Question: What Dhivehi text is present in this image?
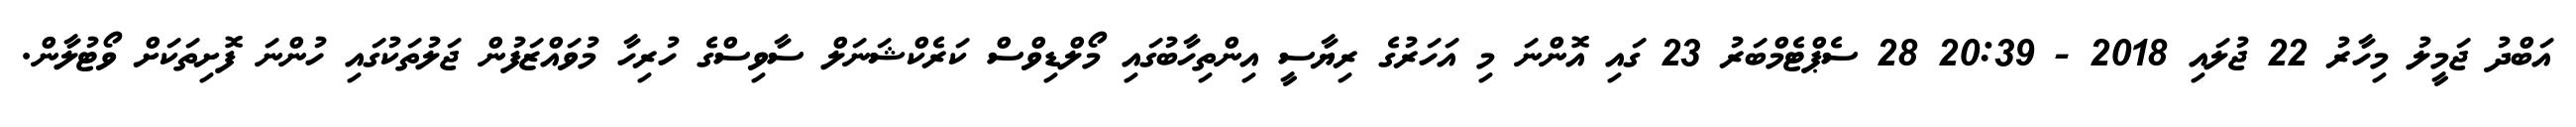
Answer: އަބްދު ޖަމީލު މިހާރު 22 ޖުލައި 2018 - 20:39 28 ސެޕްޓެމްބަރު 23 ގައި އޮންނަ މި އަހަރުގެ ރިޔާސީ އިންތިހާބުގައި މޯލްޑިވްސް ކަރެކްޝަނަލް ސާވިސްގެ ހުރިހާ މުވައްޒަފުން ޖަލުތަކުގައި ހުންނަ ފޮށިތަކަށް ވޯޓުލާން.